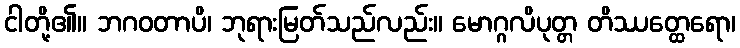
ငါတို့၏။ ဘဂဝတာပိ၊ ဘုရားမြတ်သည်လည်း။ မောဂ္ဂလိပုတ္တ တိဿတ္ထေရော၊